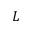
L